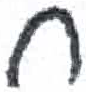
אות: ח